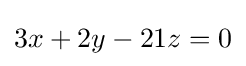
3x+2y-21z=0